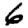
Digit: 6